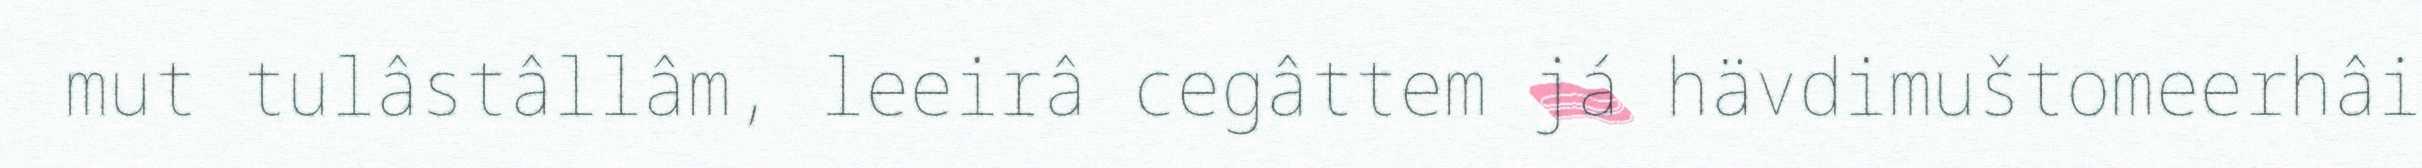
mut tulâstâllâm, leeirâ cegâttem já hävdimuštomeerhâi